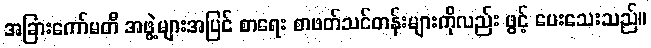
အခြားကော်မတီ အဖွဲ့များအပြင် စာရေး စာဖတ်သင်တန်းများကိုလည်း ဖွင့် ပေးသေးသည်။